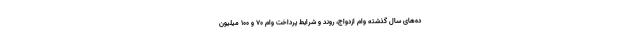
ده‌های سال گذشته وام ازدواج، روند و شرایط پرداخت وام ۷۰ و ۱۰۰ میلیون